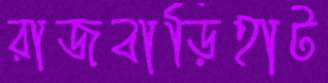
রাজবাড়িহাট